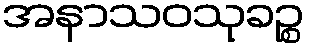
အနာသဝသုခဉ္စ